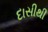
દાસીથી